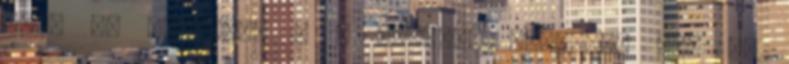
terv is készült, s a főváros korábban azt az